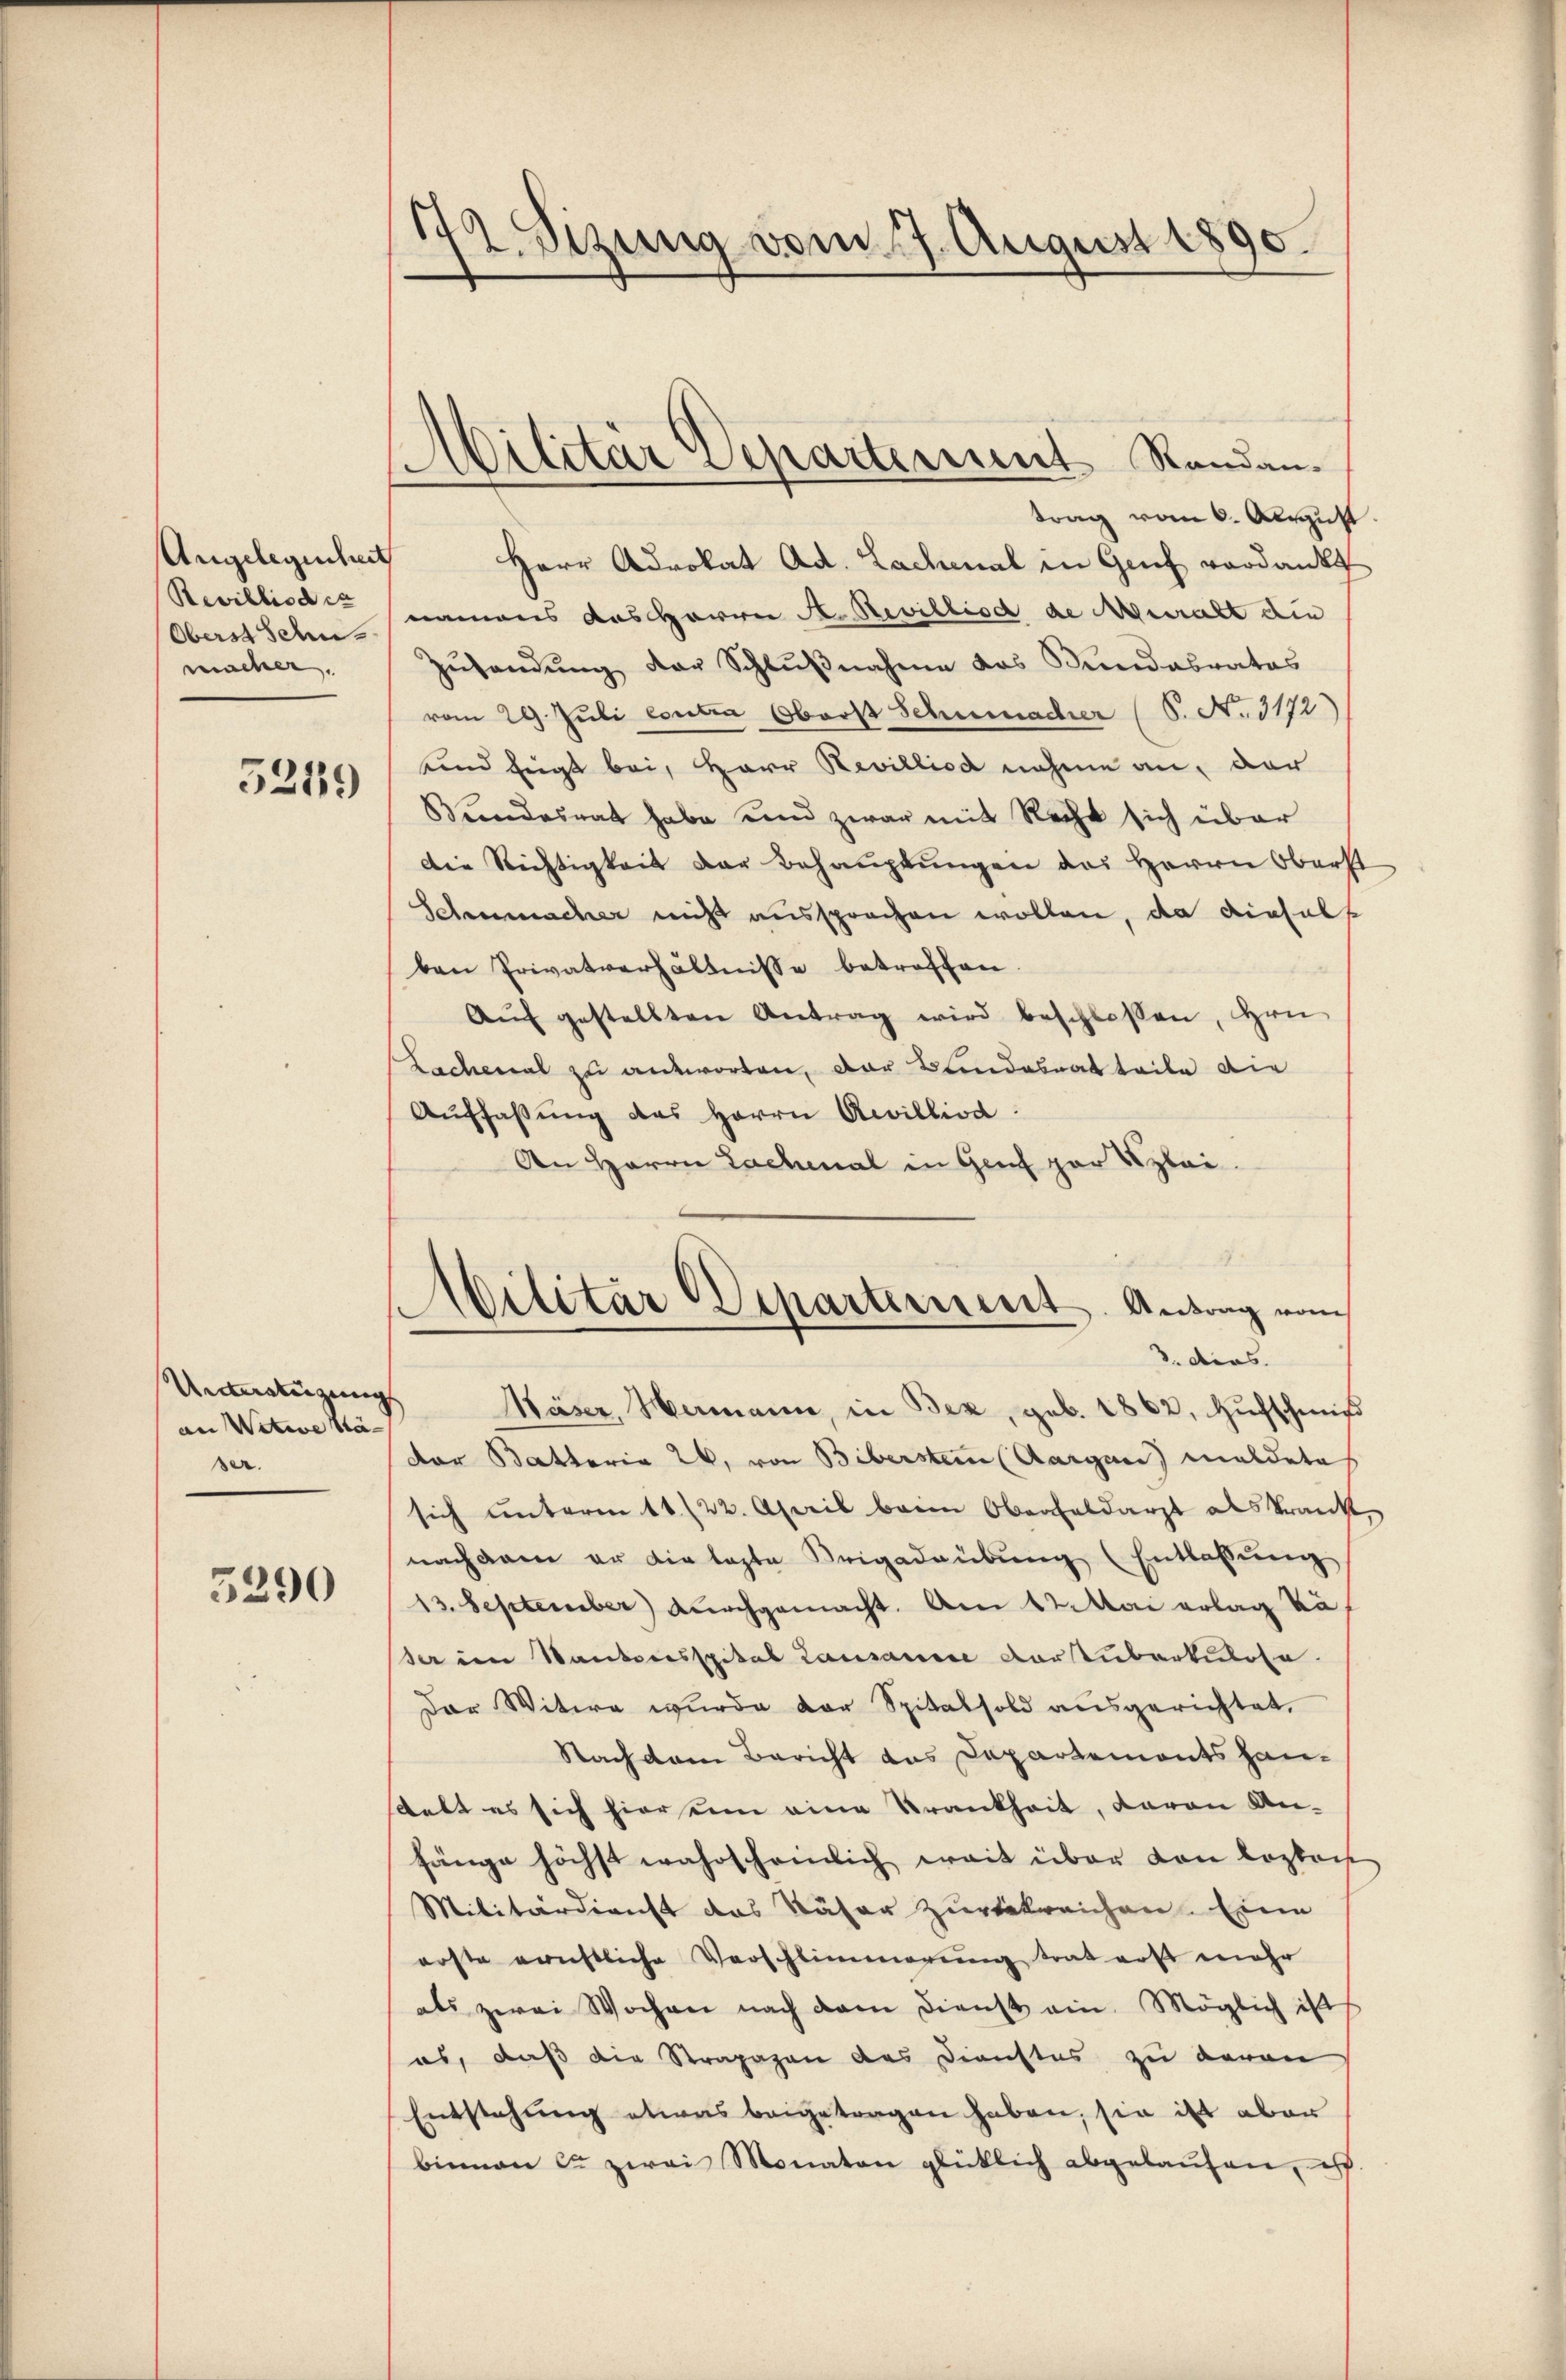
Angelegenheit
Revilliod ca
Oberst schu
macher.

5259

Ansatzung
an Vative Näser.

3290

772. Sizung vom 17. August 1890.

d
Alitar Separtement Randan¬

trag vom 6. August
Herr Advokat Ad. Lachmal in Grif verdankt
namens das Harrer A. Revilliod de Muralt die
Zŭsandŭng der Schlŭβnahme das Kundesratas
vom 29. Juli contra Oberst Schumacher (S. N. 3172)
sind fügt bei, Herr Revilliod nahme an, der
Bundesrat habe und zwar mit Recht sich über
Die Richtigkeit der Behauptungen des Herrn Oberst
Schumacher nicht aussprachen wollen, da diesels
ben Privatverhältnisse betroffen.
Aŭf gestellten Antrag wird beschlossen, Hrn.
Lachenal zu antworten, der Bundesrat teile die
Aŭffaβŭng des Herrn Aevillisa
An Herrn Lachmal in Gant par Kleider Batteria 26. von Biberstem (Aargau) meldete
sich ŭnterm 11. 22. April beim Oberfeldarzt als krank,
nachdem er die laste Brigadaübŭng (Entlassŭng
13. September) durchgemacht. Am 12. Mai erlag vo
der im Kantonsspital Lausauere Vorstuberkulose
Der Witwe wurde der Spitalsold ausgerichtet,
Nachdem Bericht das Departements han-
stalt es sich hieren eine Krankheit, davon An-
hänge höchst wahrscheinlich weit über von lezter
Militärdienst das Käser zurückreichen. Eine
erste errichtliche Verschlimmerung trat erst mehr
als zwei Wochen nach dem Dienst ein Möglich ist
es, daß die Strapazen des Dienstes zu davon
Entstehung etwas beigetragen haben, sie ist aber
binnen ca zwei Monaten glücklich abgelaŭfen, ist.

)
Militar Departerniert. Antrag vom
3. dies
Häser, Hamann, in Bez, geb. 1862, Hufschmit